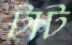
টাট